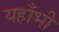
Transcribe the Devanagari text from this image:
यहाँभी